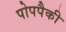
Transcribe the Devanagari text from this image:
पोपपैकी